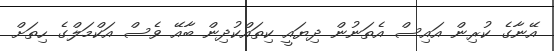
އޭނާގެ ކުރިން އައިސް އެތަނުން ދިޔައީ ކިތައްކުދިން ބާއޭ ވެސް އަކްމަލްގެ ހިތަށް